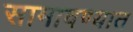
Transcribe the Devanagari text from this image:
सामावण्यात